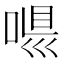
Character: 𠶼